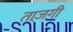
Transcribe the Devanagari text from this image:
ताज़गी़